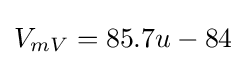
V_{mV}=85.7u-84